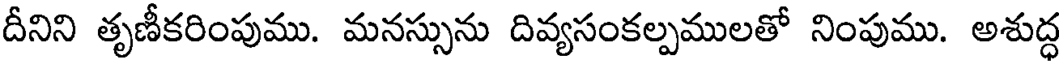
దీనిని తృణీకరింపుము. మనస్సును దివ్యసంకల్పములతో నింపుము. అశుద్ధ